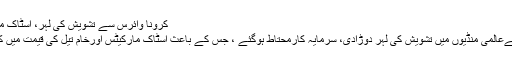
کرونا وائرس سے تشویش کی لہر، اسٹاک مارکیٹس اور خام تیل کی قیمت میں کمی -
سنگا پور: چین میں پھیلتےکروناوائرس نےعالمی منڈیوں میں تشویش کی لہر دوڑادی، سرمایہ کارمحتاط ہوگئے ، جس کے باعث اسٹاک مارکیٹس اورخام تیل کی قیمت میں کمی ریکارڈ کی گئی جبکہ سونا مہنگا ہوا۔